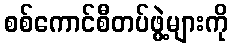
စစ်ကောင်စီတပ်ဖွဲ့များကို